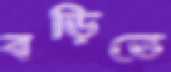
বড়িতে